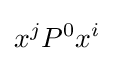
x^{j}P^{0}x^{i}